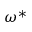
\omega ^ { * }